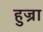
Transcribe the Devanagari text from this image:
हुज्रा